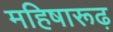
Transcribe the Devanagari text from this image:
महिषारूढ़